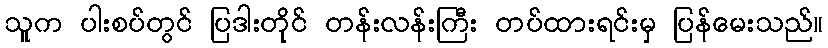
သူက ပါးစပ်တွင် ပြဒါးတိုင် တန်းလန်းကြီး တပ်ထားရင်းမှ ပြန်မေးသည်။